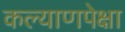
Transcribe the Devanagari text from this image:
कल्याणपेक्षा